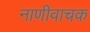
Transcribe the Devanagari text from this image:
नाणीवाचक